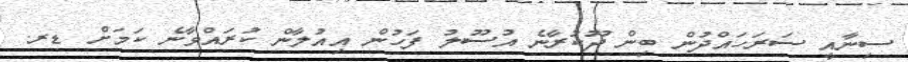
ސިނާއީ ސަރަހައްދުން ބިން ދޫކުރާނެ އުސޫލު ފަހުން އިއުލާން ކުރައްވާނެ ކަމަށް ޑރ.